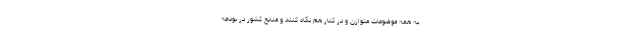
به همه موضوعات متوازن و در کنار هم نگاه کنند و منابع کشور در بودجه